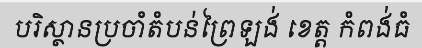
បរិស្ថានប្រចាំតំបន់ព្រៃឡង់ ខេត្ត កំពង់ធំ